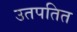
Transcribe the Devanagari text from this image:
उतपतित